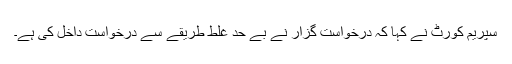
سپریم کورٹ نے کہا کہ درخواست گزار نے بے حد غلط طریقے سے درخواست داخل کی ہے۔